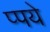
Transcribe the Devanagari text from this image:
प्पये